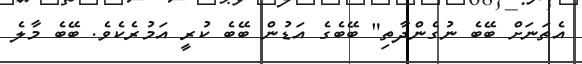
އެތަނަށް ބޭބެ ނުގެންދާތި" ބޭބެގެ އަޑުން ބޭބެ ކުރީ އަމުރެކެވެ. ބޭބެ މާލެ